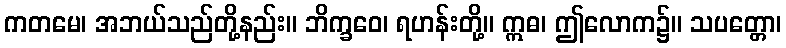
ကတမေ၊ အဘယ်သည်တို့နည်း။ ဘိက္ခဝေ၊ ရဟန်းတို့။ ဣဓ၊ ဤလောက၌။ သပတ္တော၊